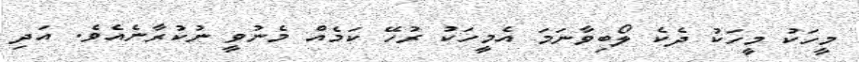
މީހަކު މީހަކު ދެކެ ލޯބިވާނަމަ އެމީހަކު ރުހޭ ކަމެއް މެނުވީ ނުކުރާނެއެވެ. އަދި